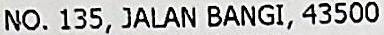
NO. 135, JALAN BANGI, 43500